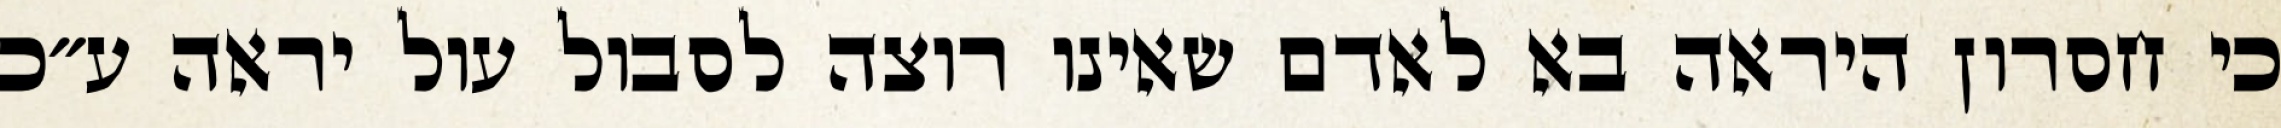
כי חסרון היראה בא לאדם שאינו רוצה לסבול עול יראה ע״כ